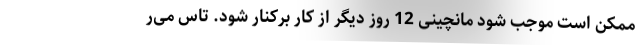
ممکن است موجب شود مانچینی 12 روز دیگر از کار برکنار شود. تاس می‌ر